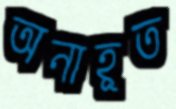
অনাহূত